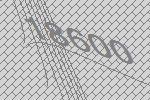
18600